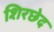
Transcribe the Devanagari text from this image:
शिरछेद